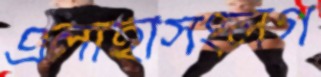
এলাহীসংলগ